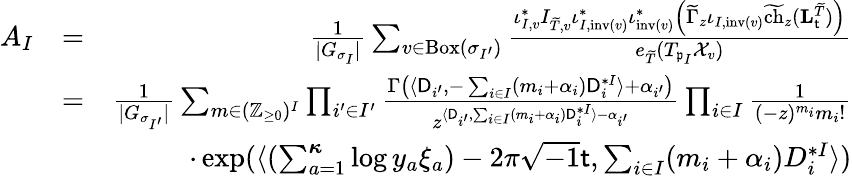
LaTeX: \begin{array}{rlr}{A_{I}}&{=}&{\frac{1}{|G_{\sigma_{I}}|}\sum_{v\in\mathrm{Box}(\sigma_{I^{\prime}})}\frac{\iota_{I,v}^{*}I_{\widetilde{T},v}\iota_{I,\mathrm{inv}(v)}^{*}\iota_{\mathrm{inv}(v)}^{*}\left(\widetilde{\Gamma}_{z}\iota_{I,\mathrm{inv}(v)}\widetilde{\mathrm{ch}}_{z}(\mathbf{L}_{\mathsf{t}}^{\widetilde{T}})\right)}{e_{\widetilde{T}}(T_{\mathfrak{p}_{I}}\mathcal{X}_{v})}}\\ &{=}&{\frac{1}{|G_{\sigma_{I^{\prime}}}|}\sum_{m\in(\mathbb{Z}_{\geq 0})^{I}}\prod_{i^{\prime}\in I^{\prime}}\frac{\Gamma\left(\langle\mathsf{D}_{i^{\prime}},-\sum_{i\in I}(m_{i}+\alpha_{i})\mathsf{D}_{i}^{*I}\rangle+\alpha_{i^{\prime}}\right)}{z^{\langle\mathsf{D}_{i^{\prime}},\sum_{i\in I}(m_{i}+\alpha_{i})\mathsf{D}_{i}^{*I}\rangle-\alpha_{i^{\prime}}}}\prod_{i\in I}\frac{1}{(-z)^{m_{i}}m_{i}!}}\\ &{}&{\cdot\exp(\langle(\sum_{a=1}^{\boldsymbol{\kappa}}\log y_{a}\xi_{a})-2\pi\sqrt{-1}\mathsf{t},\sum_{i\in I}(m_{i}+\alpha_{i})D_{i}^{*I}\rangle)}\end{array}